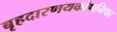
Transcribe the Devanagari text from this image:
बृहदारणयकोपनिषद